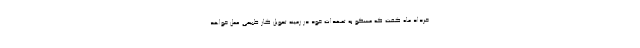
خرداد ماه گفت که مسکو به تعهدات خود در زمینه تحویل گاز طبیعی عمل خواهد